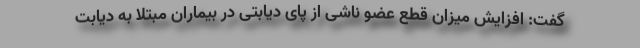
گفت: افزایش میزان قطع عضو ناشی از پای دیابتی در بیماران مبتلا به دیابت